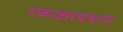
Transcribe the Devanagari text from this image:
एकाक्षरप्रधान